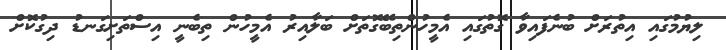
ލިޔުމުގައި އިތުރަށް ބުނެފައިވާ ގޮތުގައި އެމީހުންތިބޭގޮތަށް ބަލާއިރު އެމީހުން ތިބެނީ އިސްތަށިގަނޑު ދިގުކޮށް